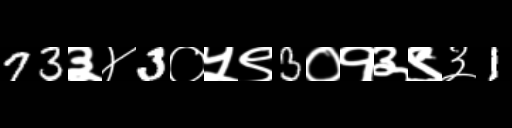
Text: 73३४3०५९3०१३९३1